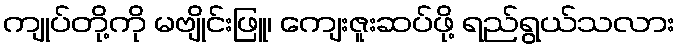
ကျုပ်တို့ကို မဗျိုင်းဖြူ၊ ကျေးဇူးဆပ်ဖို့ ရည်ရွယ်သလား